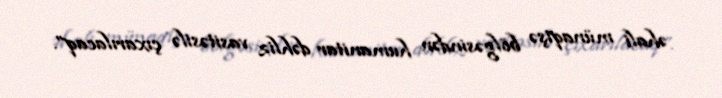
əhali münaqişə bölgəsindən humanitar dəhliz vasitəsilə çıxarılacaq”.